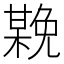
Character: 𣚻